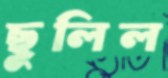
ছুলিল